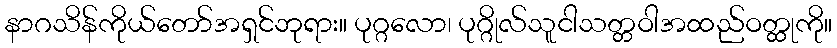
နာဂသိန်ကိုယ်တော်အရှင်ဘုရား။ ပုဂ္ဂလော၊ ပုဂ္ဂိုလ်သူငါသတ္တဝါအထည်ဝတ္ထုကို။